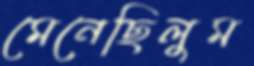
মেনেছিলুম